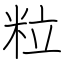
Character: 粒